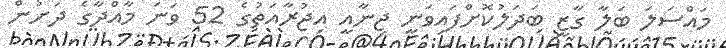
މައްސަލަ ބަލާ ގާޒީ ބަދަލުކޮށްފައިވަނީ ޖިނާއީ އިޖުރާއަތުގެ 52 ވަނަ މާއްދާގެ ދަށުން